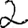
Digit: 2